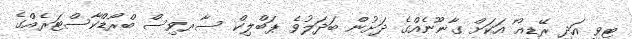
ޓީވީ އަދި ރޭޑިއޯ އަކަށް ގާނޫނެއްގެ ދަށުން ބަދަލުވެ ޕަބްލިކް ސާރވިސް ބްރޯޑްކާސްޓަރެއްގެ